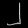
Digit: ၂